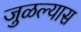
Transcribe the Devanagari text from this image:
जुळल्यास